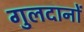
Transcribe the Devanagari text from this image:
गुलदानों